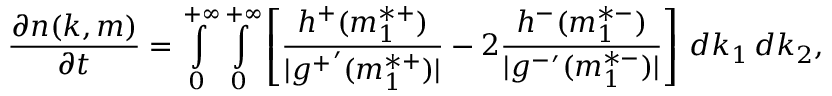
\frac { \partial n ( k , m ) } { \partial t } = \int _ { 0 } \displaylimits ^ { + \infty } \int \displaylimits _ { 0 } ^ { + \infty } \left[ \frac { h ^ { + } ( m _ { 1 } ^ { * + } ) } { | { g ^ { + } } ^ { \prime } ( m _ { 1 } ^ { * + } ) | } - 2 \frac { h ^ { - } ( m _ { 1 } ^ { * - } ) } { | { g ^ { - } } ^ { \prime } ( m _ { 1 } ^ { * - } ) | } \right] \, d k _ { 1 } \, d k _ { 2 } ,